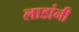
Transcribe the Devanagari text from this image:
लाडांनी